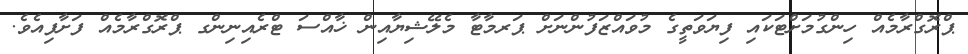
ޕްރޮގްރާމެއް ހިންގުމަށްޓަކައި ފިޔަވަތީގެ މުވައްޒަފުންނަށް ޕަރމާޓާ މެލޭޝިޔާއިން ޚާއްސަ ޓްރެއިނިންގ ޕްރޮގްރާމެއް ފަށާފިއެވެ.